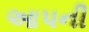
આપની